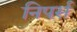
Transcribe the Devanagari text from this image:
निपर्स